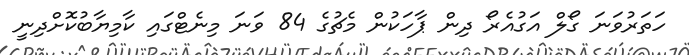
ހަތަރުވަނަ ގޯލް އަގުއެރޯ ދިން ޕާހަކުން މެޗުގެ 84 ވަނަ މިނެޓްގައި ކާމިޔާބުކޮށްދިނީ